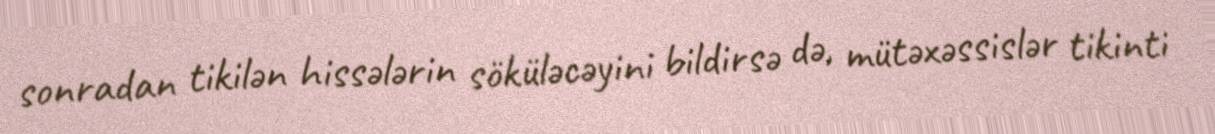
sonradan tikilən hissələrin söküləcəyini bildirsə də, mütəxəssislər tikinti